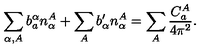
\sum _ { \alpha , A } b _ { a } ^ { \alpha } n _ { \alpha } ^ { A } + \sum _ { A } b _ { \alpha } ^ { \prime } n _ { \alpha } ^ { A } = \sum _ { A } { \frac { C _ { a } ^ { A } } { 4 \pi ^ { 2 } } } .